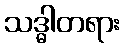
သဒ္ဓါတရား